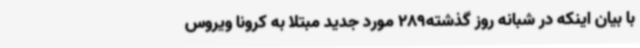
با بیان اینکه در شبانه روز گذشته289 مورد جدید مبتلا به کرونا ویروس